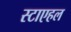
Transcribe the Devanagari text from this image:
स्टाएहल